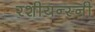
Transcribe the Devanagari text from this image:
रशीयन्स्नी